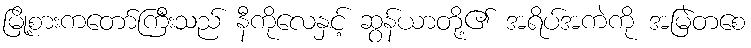
မြို့စားကတော်ကြီးသည် နီကိုလေနှင့် ဆွန်ယာတို့၏ အရိပ်အကဲကို အမြဲတစေ